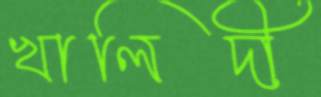
খালিদী